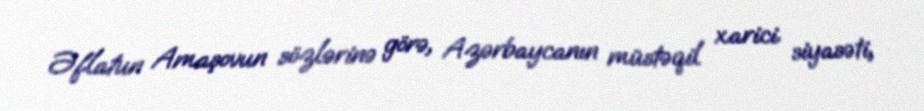
Əflatun Amaşovun sözlərinə görə, Azərbaycanın müstəqil xarici siyasəti,